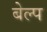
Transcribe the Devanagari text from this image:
बेल्प